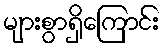
များစွာရှိကြောင်း